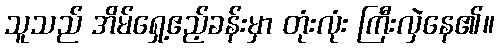
သူသည် အိမ်ရှေ့ဧည့်ခန်းမှာ တုံးလုံး ကြီးလှဲနေ၏။